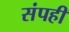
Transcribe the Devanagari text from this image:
संपही